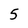
Character: 5